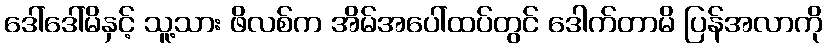
ဒေါ်ဒေါ်မိနှင့် သူ့သား ဖိလစ်က အိမ်အပေါ်ထပ်တွင် ဒေါက်တာမိ ပြန်အလာကို